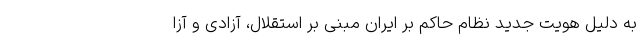
به دلیل هویت جدید نظام حاکم بر ایران مبنی بر استقلال، آزادی و آزا